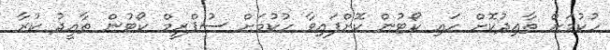
ހުކުމަށް ތާއިދުކޮށް ހައި ކޯޓުން ކޮށްފައިވާ ހުކުމަށް ސުޕްރީމް ކޯޓުން ތާއީދު ކުރާ